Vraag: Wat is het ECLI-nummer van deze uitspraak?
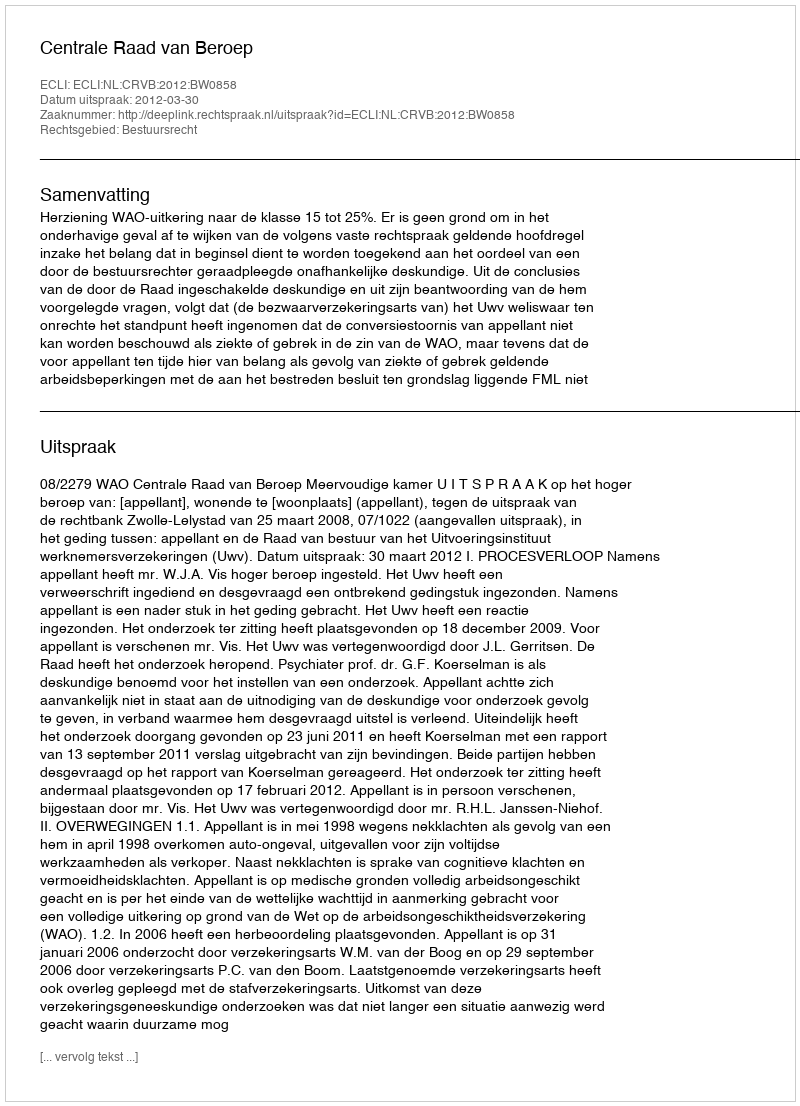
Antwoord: ECLI:NL:CRVB:2012:BW0858